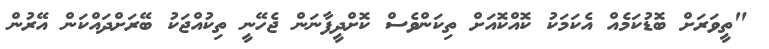
"ތީވަރަށް ބޮޑުކަމެއް އެކަމަކު ކޮއްކޮއަށް ތިކަންވެސް ކޮށްދީފާނަން ޖެހޭނީ ތިކުއްޖަކު ބޭރަށްދައްކަން އޭރުން